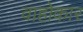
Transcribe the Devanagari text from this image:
वाहोकार